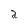
Character: a